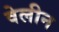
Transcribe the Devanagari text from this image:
वेलीन